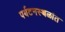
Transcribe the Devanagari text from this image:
पर्यटनस्थळांत